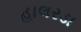
હાલરડા